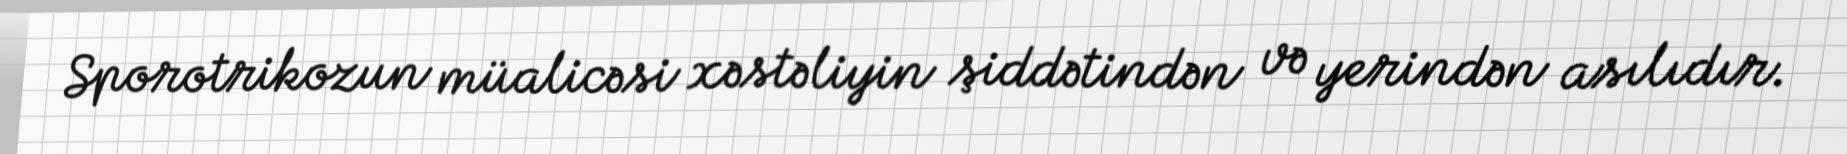
Sporotrikozun müalicəsi xəstəliyin şiddətindən və yerindən asılıdır.